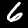
Digit: 6